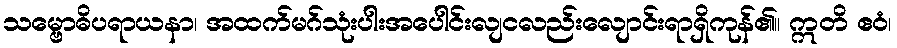
သမ္ဗောဓိပရာယနာ၊ အထက်မဂ်သုံးပါးအပေါင်းလျငလည်းလျောင်းရာရှိကုန်၏။ ဣတိ ဧဝံ၊